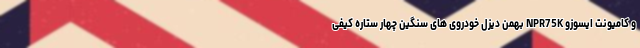
و کامیونت ایسوزو NPR75K بهمن دیزل خودروی های سنگین چهار ستاره کیفی